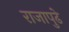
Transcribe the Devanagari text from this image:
राजापुढे